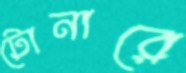
টোনারে